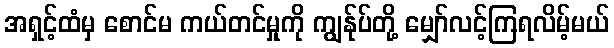
အရှင့်ထံမှ စောင်မ ကယ်တင်မှုကို ကျွန်ုပ်တို့ မျှော်လင့်ကြရလိမ့်မယ်